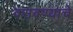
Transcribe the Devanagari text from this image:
वसवण्याचे